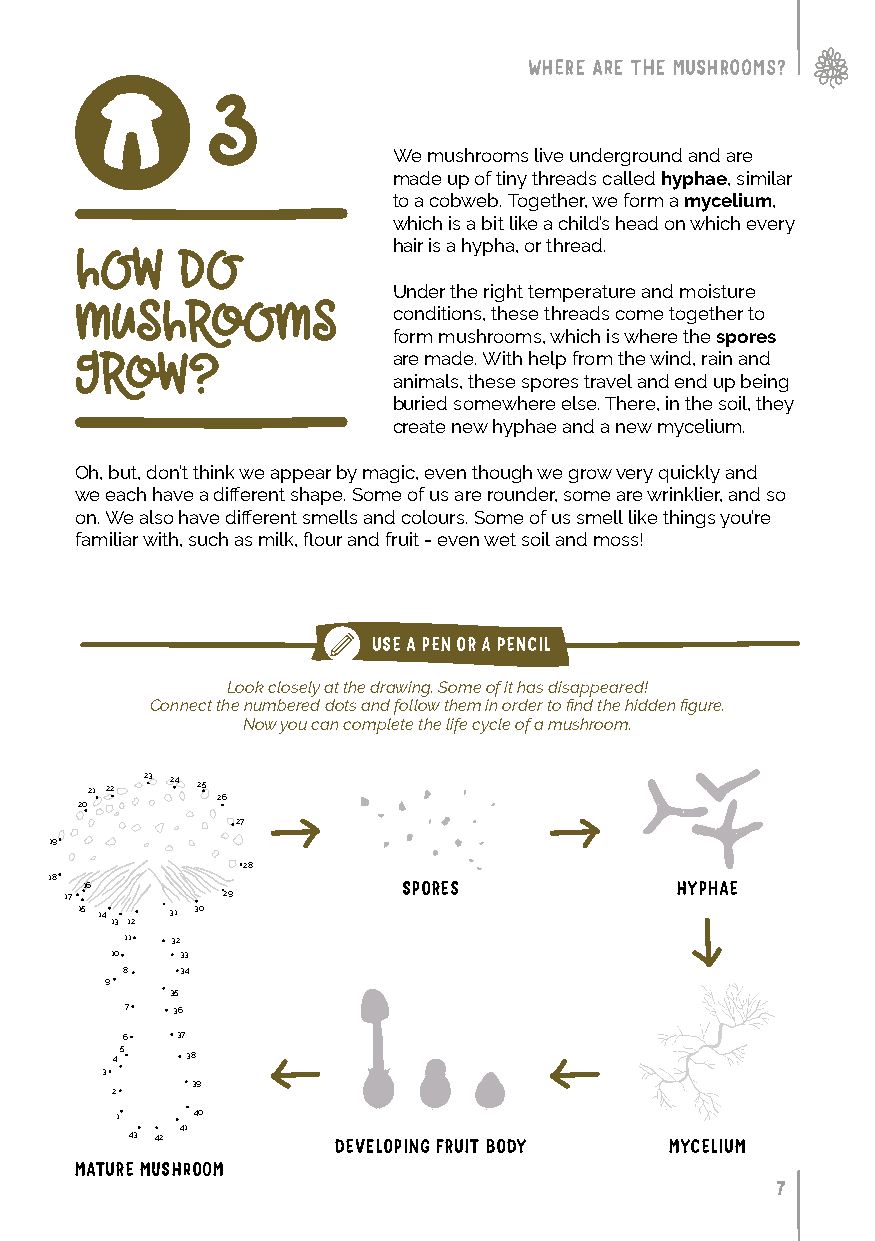
WHERE ARE THE MUSHROOMS?
 3
 We mushrooms live underground and are
 made up of tiny threads called hyphae, similar
 to a cobweb. Together, we form a mycelium,
 which is a bit like a child’s head on which every
 hair is a hypha, or thread.
 how    do
 Under the right temperature and moisture
 mushrooms            conditions, these threads come together to
 form mushrooms, which is where the spores
 are made. With help from the wind, rain and
 grow?
 animals, these spores travel and end up being
 buried somewhere else. There, in the soil, they
 create new hyphae and a new mycelium.
 Oh, but, don’t think we appear by magic, even though we grow very quickly and
 we each have a different shape. Some of us are rounder, some are wrinklier, and so
 on. We also have different smells and colours. Some of us smell like things you’re
 familiar with, such as milk, flour and fruit - even wet soil and moss!
 USE A PEN OR A PENCIL
 Look closely at the drawing. Some of it has disappeared!
 Connect the numbered dots and follow them in order to find the hidden figure.
 Now you can complete the life cycle of a mushroom.
 21 22 23 24 25
 26
 20
 27
 19
 28
 18
 16                    SPORES            HYPHAE
 17         29
 15 14 31 30
 13 12
 11 32
 10   33
 8   34
 9
 35
 7  36
 6   37
 5
 4    38
 3
 39
 2
 1    40
 41
 43 42
 DEVELOPING FRUIT BODY MYCELIUM
 MATURE MUSHROOM
 7